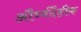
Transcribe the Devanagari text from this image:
और्ध्वदैहीक